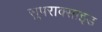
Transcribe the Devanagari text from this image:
सुपराक्साइड